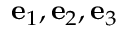
\mathbf { e } _ { 1 } , \mathbf { e } _ { 2 } , \mathbf { e } _ { 3 }